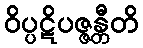
ဝိပ္ပဋိပဇ္ဇန္တီတိ